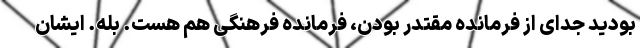
بودید جدای از فرمانده مقتدر بودن، فرمانده فرهنگی هم هست. بله. ایشان